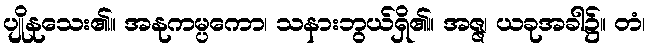
ပျိုနုသေး၏။ အနုကမ္ပကော၊ သနားဘွယ်ရှိ၏။ အဇ္ဇ၊ ယခုအခါ၌။ တံ၊